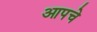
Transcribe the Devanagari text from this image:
आपचे